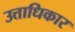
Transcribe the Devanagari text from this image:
उत्ताधिकार